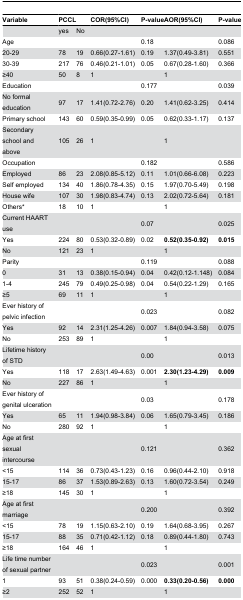
<table><thead><tr><td><b>Variable</b></td><td><b>PCCL</b></td><td></td><td><b>COR(95%CI)</b></td><td><b>P-value</b></td><td><b> AOR(95%CI)</b></td><td><b>P-value</b></td></tr></thead><tbody><tr><td></td><td>yes</td><td>No </td><td></td><td></td><td></td><td></td></tr><tr><td>Age </td><td></td><td></td><td></td><td>0.18</td><td></td><td>0.086</td></tr><tr><td>20-29</td><td>78</td><td>19</td><td>0.66(0.27-1.61)</td><td>0.19</td><td>1.37(0.49-3.81)</td><td>0.551</td></tr><tr><td>30-39</td><td>217</td><td>76</td><td>0.46(0.21-1.01)</td><td>0.05</td><td>0.67(0.28-1.60)</td><td>0.366</td></tr><tr><td>≥40</td><td>50</td><td>8</td><td>1</td><td></td><td>1</td><td></td></tr><tr><td>Education</td><td></td><td></td><td></td><td>0.177</td><td></td><td>0.039</td></tr><tr><td>No formal education</td><td>97</td><td>17</td><td>1.41(0.72-2.76)</td><td>0.20</td><td>1.41(0.62-3.25)</td><td>0.414</td></tr><tr><td>Primary school </td><td>143</td><td>60</td><td>0.59(0.35-0.99)</td><td>0.05</td><td>0.62(0.33-1.17)</td><td>0.137</td></tr><tr><td>Secondary school and above</td><td>105</td><td>26</td><td>1</td><td></td><td>1</td><td></td></tr><tr><td>Occupation </td><td></td><td></td><td></td><td>0.182</td><td></td><td>0.586</td></tr><tr><td>Employed</td><td>86</td><td>23</td><td>2.08(0.85-5.12)</td><td>0.11</td><td>1.01(0.66-6.08)</td><td>0.223</td></tr><tr><td>Self employed</td><td>134</td><td>40</td><td>1.86(0.78-4.35)</td><td>0.15</td><td>1.97(0.70-5.49)</td><td>0.198</td></tr><tr><td>House wife</td><td>107</td><td>30</td><td>1.98(0.83-4.74)</td><td>0.13</td><td>2.02(0.72-5.64)</td><td>0.181</td></tr><tr><td>Others*</td><td>18</td><td>10</td><td>1</td><td></td><td>1</td><td></td></tr><tr><td>Current HAART use</td><td></td><td></td><td></td><td>0.07</td><td></td><td>0.025</td></tr><tr><td>Yes</td><td>224</td><td>80</td><td>0.53(0.32-0.89)</td><td>0.02</td><td><b>0.52(0.35-0.92)</b></td><td><b>0.015</b></td></tr><tr><td>No</td><td>121</td><td>23</td><td>1</td><td></td><td>1</td><td></td></tr><tr><td>Parity</td><td></td><td></td><td></td><td>0.119</td><td></td><td>0.088</td></tr><tr><td>0</td><td>31</td><td>13</td><td>0.38(0.15-0.94)</td><td>0.04</td><td>0.42(0.12-1.148)</td><td>0.084</td></tr><tr><td>1-4</td><td>245</td><td>79</td><td>0.49(0.25-0.98)</td><td>0.04</td><td>0.54(0.22-1.29)</td><td>0.165</td></tr><tr><td>≥5</td><td>69</td><td>11</td><td>1</td><td></td><td>1</td><td></td></tr><tr><td>Ever history of pelvic infection</td><td></td><td></td><td></td><td>0.023</td><td></td><td>0.082</td></tr><tr><td>Yes</td><td>92</td><td>14</td><td>2.31(1.25-4.26)</td><td>0.007</td><td>1.84(0.94-3.58)</td><td>0.075</td></tr><tr><td>No</td><td>253</td><td>89</td><td>1</td><td></td><td>1</td><td></td></tr><tr><td>Lifetime history of STD</td><td></td><td></td><td></td><td>0.00</td><td></td><td>0.013</td></tr><tr><td>Yes </td><td>118</td><td>17</td><td>2.63(1.49-4.63)</td><td>0.001</td><td><b>2.30(1.23-4.29)</b></td><td><b>0.009</b></td></tr><tr><td>No </td><td>227</td><td>86</td><td>1</td><td></td><td>1</td><td></td></tr><tr><td>Ever history of genital ulceration </td><td></td><td></td><td></td><td>0.03</td><td></td><td>0.178</td></tr><tr><td>Yes</td><td>65</td><td>11</td><td>1.94(0.98-3.84)</td><td>0.06</td><td>1.65(0.79-3.45)</td><td>0.186</td></tr><tr><td>No</td><td>280</td><td>92</td><td>1</td><td></td><td>1</td><td></td></tr><tr><td>Age at first sexual intercourse</td><td></td><td></td><td></td><td>0.121</td><td></td><td>0.362</td></tr><tr><td>&lt;15</td><td>114</td><td>36</td><td>0.73(0.43-1.23)</td><td>0.16</td><td>0.96(0.44-2.10)</td><td>0.918</td></tr><tr><td>15-17</td><td>86</td><td>37</td><td>1.53(0.89-2.63)</td><td>0.13</td><td>1.60(0.72-3.54)</td><td>0.249</td></tr><tr><td>≥18</td><td>145</td><td>30</td><td>1</td><td></td><td>1</td><td></td></tr><tr><td>Age at first marriage</td><td></td><td></td><td></td><td>0.200</td><td></td><td>0.392</td></tr><tr><td>&lt;15</td><td>78</td><td>19</td><td>1.15(0.63-2.10)</td><td>0.19</td><td>1.64(0.68-3.95)</td><td>0.267</td></tr><tr><td>15-17</td><td>88</td><td>35</td><td>0.71(0.42-1.12)</td><td>0.18</td><td>0.89(0.44-1.80)</td><td>0.743</td></tr><tr><td>≥18</td><td>164</td><td>46</td><td>1</td><td></td><td>1</td><td></td></tr><tr><td>Life time number of sexual partner </td><td></td><td></td><td></td><td>0.023</td><td></td><td>0.001</td></tr><tr><td>1</td><td>93</td><td>51</td><td>0.38(0.24-0.59)</td><td>0.000</td><td><b>0.33(0.20-0.56)</b></td><td><b>0.000</b></td></tr><tr><td>≥2</td><td>252</td><td>52</td><td>1</td><td></td><td>1</td><td></td></tr></tbody></table>